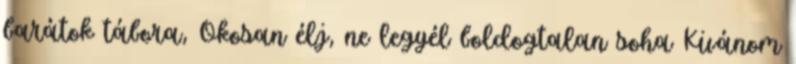
barátok tábora, Okosan élj, ne legyél boldogtalan soha Kivánom